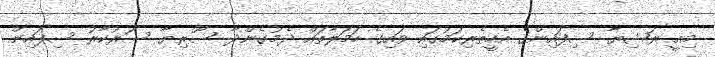
މިއީ ރަޝިޔާ ސިފައިންގެ އެހީތެރިކަމުގައި ވައިގެ ހަމަލާތައް ދެމުގެންދާ ސޫރިޔާ ސަރުކާރު ސިފައިން